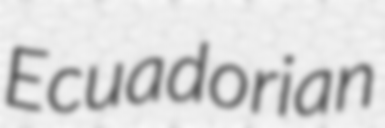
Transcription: Ecuadorian